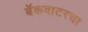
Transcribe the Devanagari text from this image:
बॅकवाटरचा